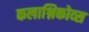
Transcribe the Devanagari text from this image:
कलाश्निकोव्स